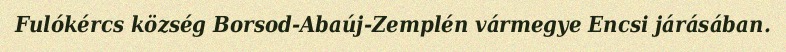
Fulókércs község Borsod-Abaúj-Zemplén vármegye Encsi járásában.